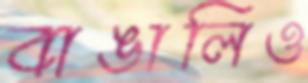
বাঙালিও